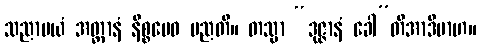
သညာမယံ အတ္တာနံ နိစ္စမေဝ မညတိ။ တသ္မာ “ဒုဇ္ဇာနံ ခေါ”တိအာဒိမာဟ။